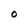
Character: O